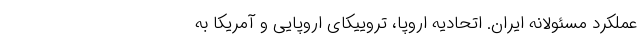
عملکرد مسئولانه ایران. اتحادیه اروپا، تروییکای اروپایی و آمریکا به